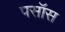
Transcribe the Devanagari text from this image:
पसॉस